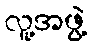
လူ့အဖွဲ့